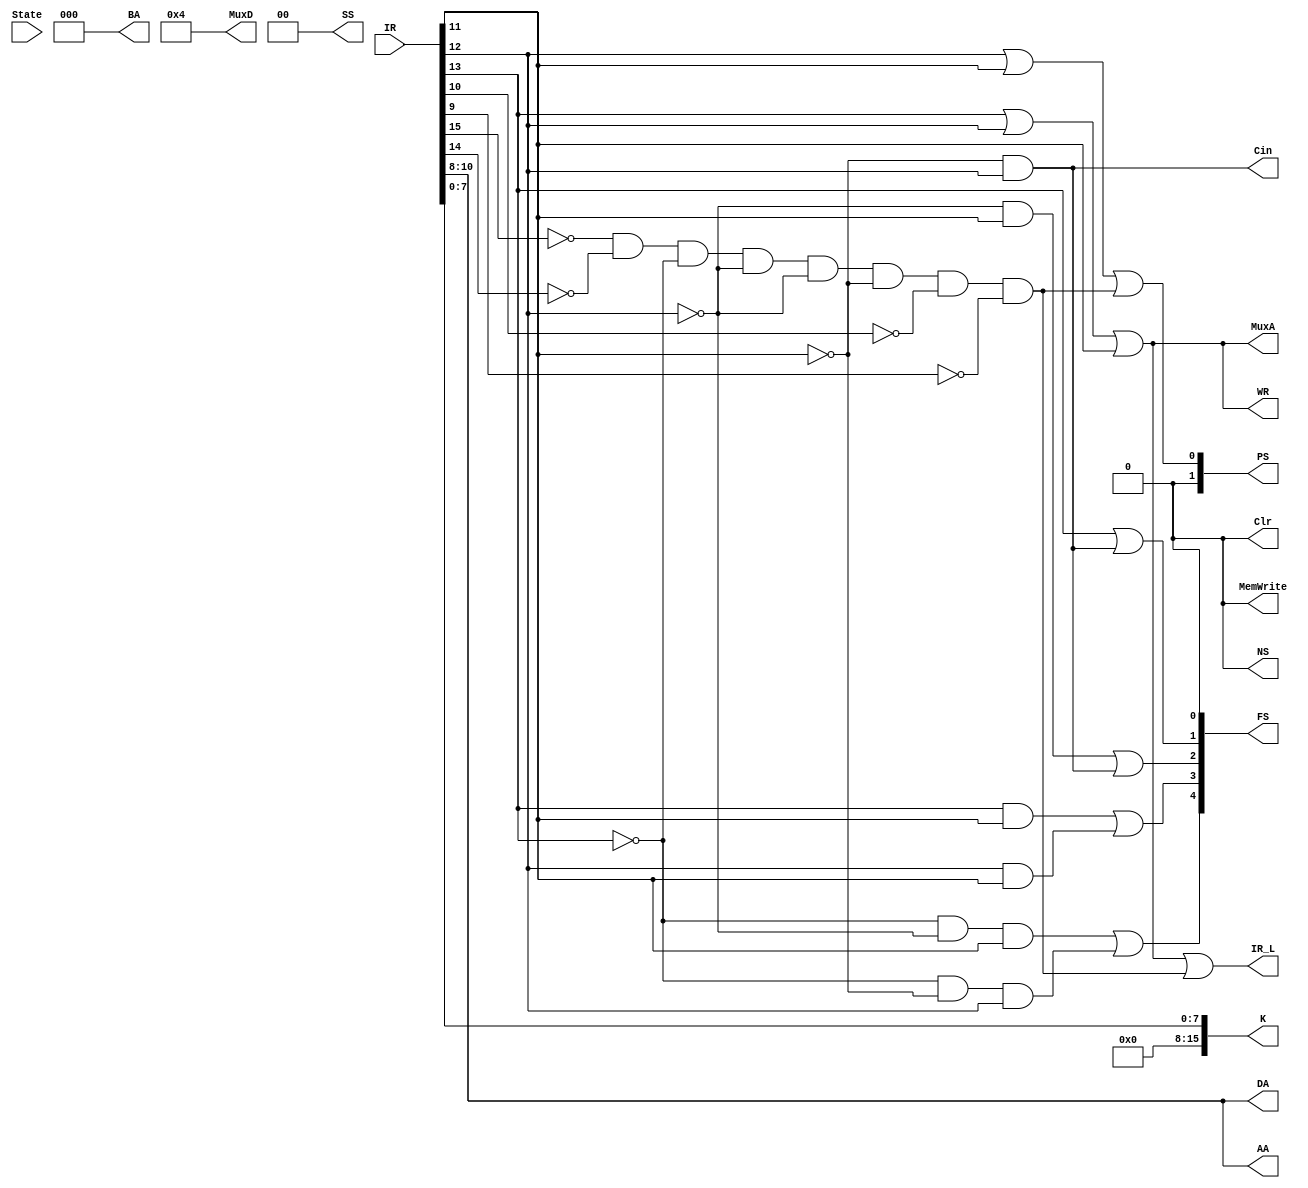
module CPU_Decoder00(IR,PS,IR_L,AA,BA,DA,WR,Clr, FS,Cin,MuxD,MuxA,K,MemWrite,SS,State,NS);
    input [15:0]IR;
	 input State;
    output reg [1:0]PS;
    output reg IR_L;
    output reg [2:0]AA;
    output reg [2:0]BA;
    output reg [2:0]DA;
    output reg WR;
    output reg Clr;
    output reg [4:0]FS;
    output reg Cin;
    output reg [4:0]MuxD;
    output reg MuxA;
    output reg [15:0]K;
    output reg MemWrite;
    output reg [1:0]SS;
    output reg NS;
	
	always @* begin 
		
			PS[1] <= 0;
			PS[0] <= IR[12]|IR[11]|(~IR[15]&~IR[14]&~IR[13]&~IR[12]&~IR[12]&~IR[11]&~IR[10]&~IR[9]);
			IR_L <= IR[13]|IR[12]|IR[11]|(~IR[15]&~IR[14]&~IR[13]&~IR[12]&~IR[12]&~IR[11]&~IR[10]&~IR[9]);
			AA[2:0] <= IR[10:8];
			BA[2:0] <= 3'b000;
			DA <= IR[10:8];
			WR <= IR[13]|IR[12]|IR[11];
			Clr <= 0;
			FS[4] <= ~IR[13]&~IR[12]&IR[11]|~IR[13]&~IR[11]&IR[12];
			FS[3] <= IR[13]&IR[11]|IR[12]&IR[11];
			FS[2] <= ~IR[12]&IR[11]|~IR[11]&IR[12];
			FS[1] <= IR[13]|IR[12]&~IR[11];
			FS[0] <= 0;
			Cin <= IR[12]&~IR[11];
			MuxD <= 5'b00100;
			MuxA<=IR[13]|IR[12]|IR[11];
			K[15:8] <= 8'b00000000;
			K[7:0] <= IR[7:0];
			MemWrite <= 0;
			SS[1:0] <= 0;
			NS <=0;

	end
endmodule